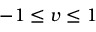
- 1 \leq v \leq 1